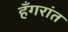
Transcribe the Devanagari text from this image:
हँगरांत